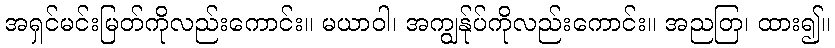
အရှင်မင်းမြတ်ကိုလည်းကောင်း။ မယာဝါ၊ အကျွန်ုပ်ကိုလည်းကောင်း။ အညတြ၊ ထား၍။